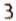
3